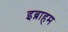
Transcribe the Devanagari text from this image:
इब्राहम